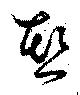
熱